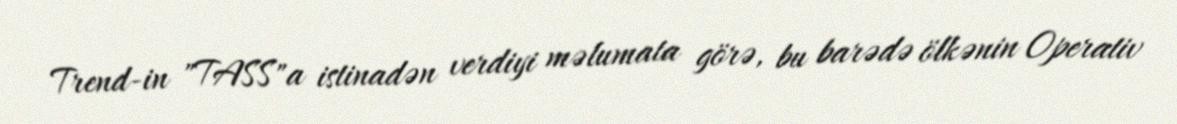
Trend-in "TASS"a istinadən verdiyi məlumata görə, bu barədə ölkənin Operativ